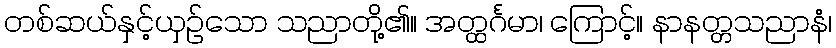
တစ်ဆယ်နှင့်ယှဉ်သော သညာတို့၏။ အတ္ထင်္ဂမာ၊ ကြောင့်။ နာနတ္တသညာနံ၊